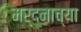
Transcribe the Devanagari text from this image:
मर्दनाच्या